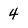
Character: 4